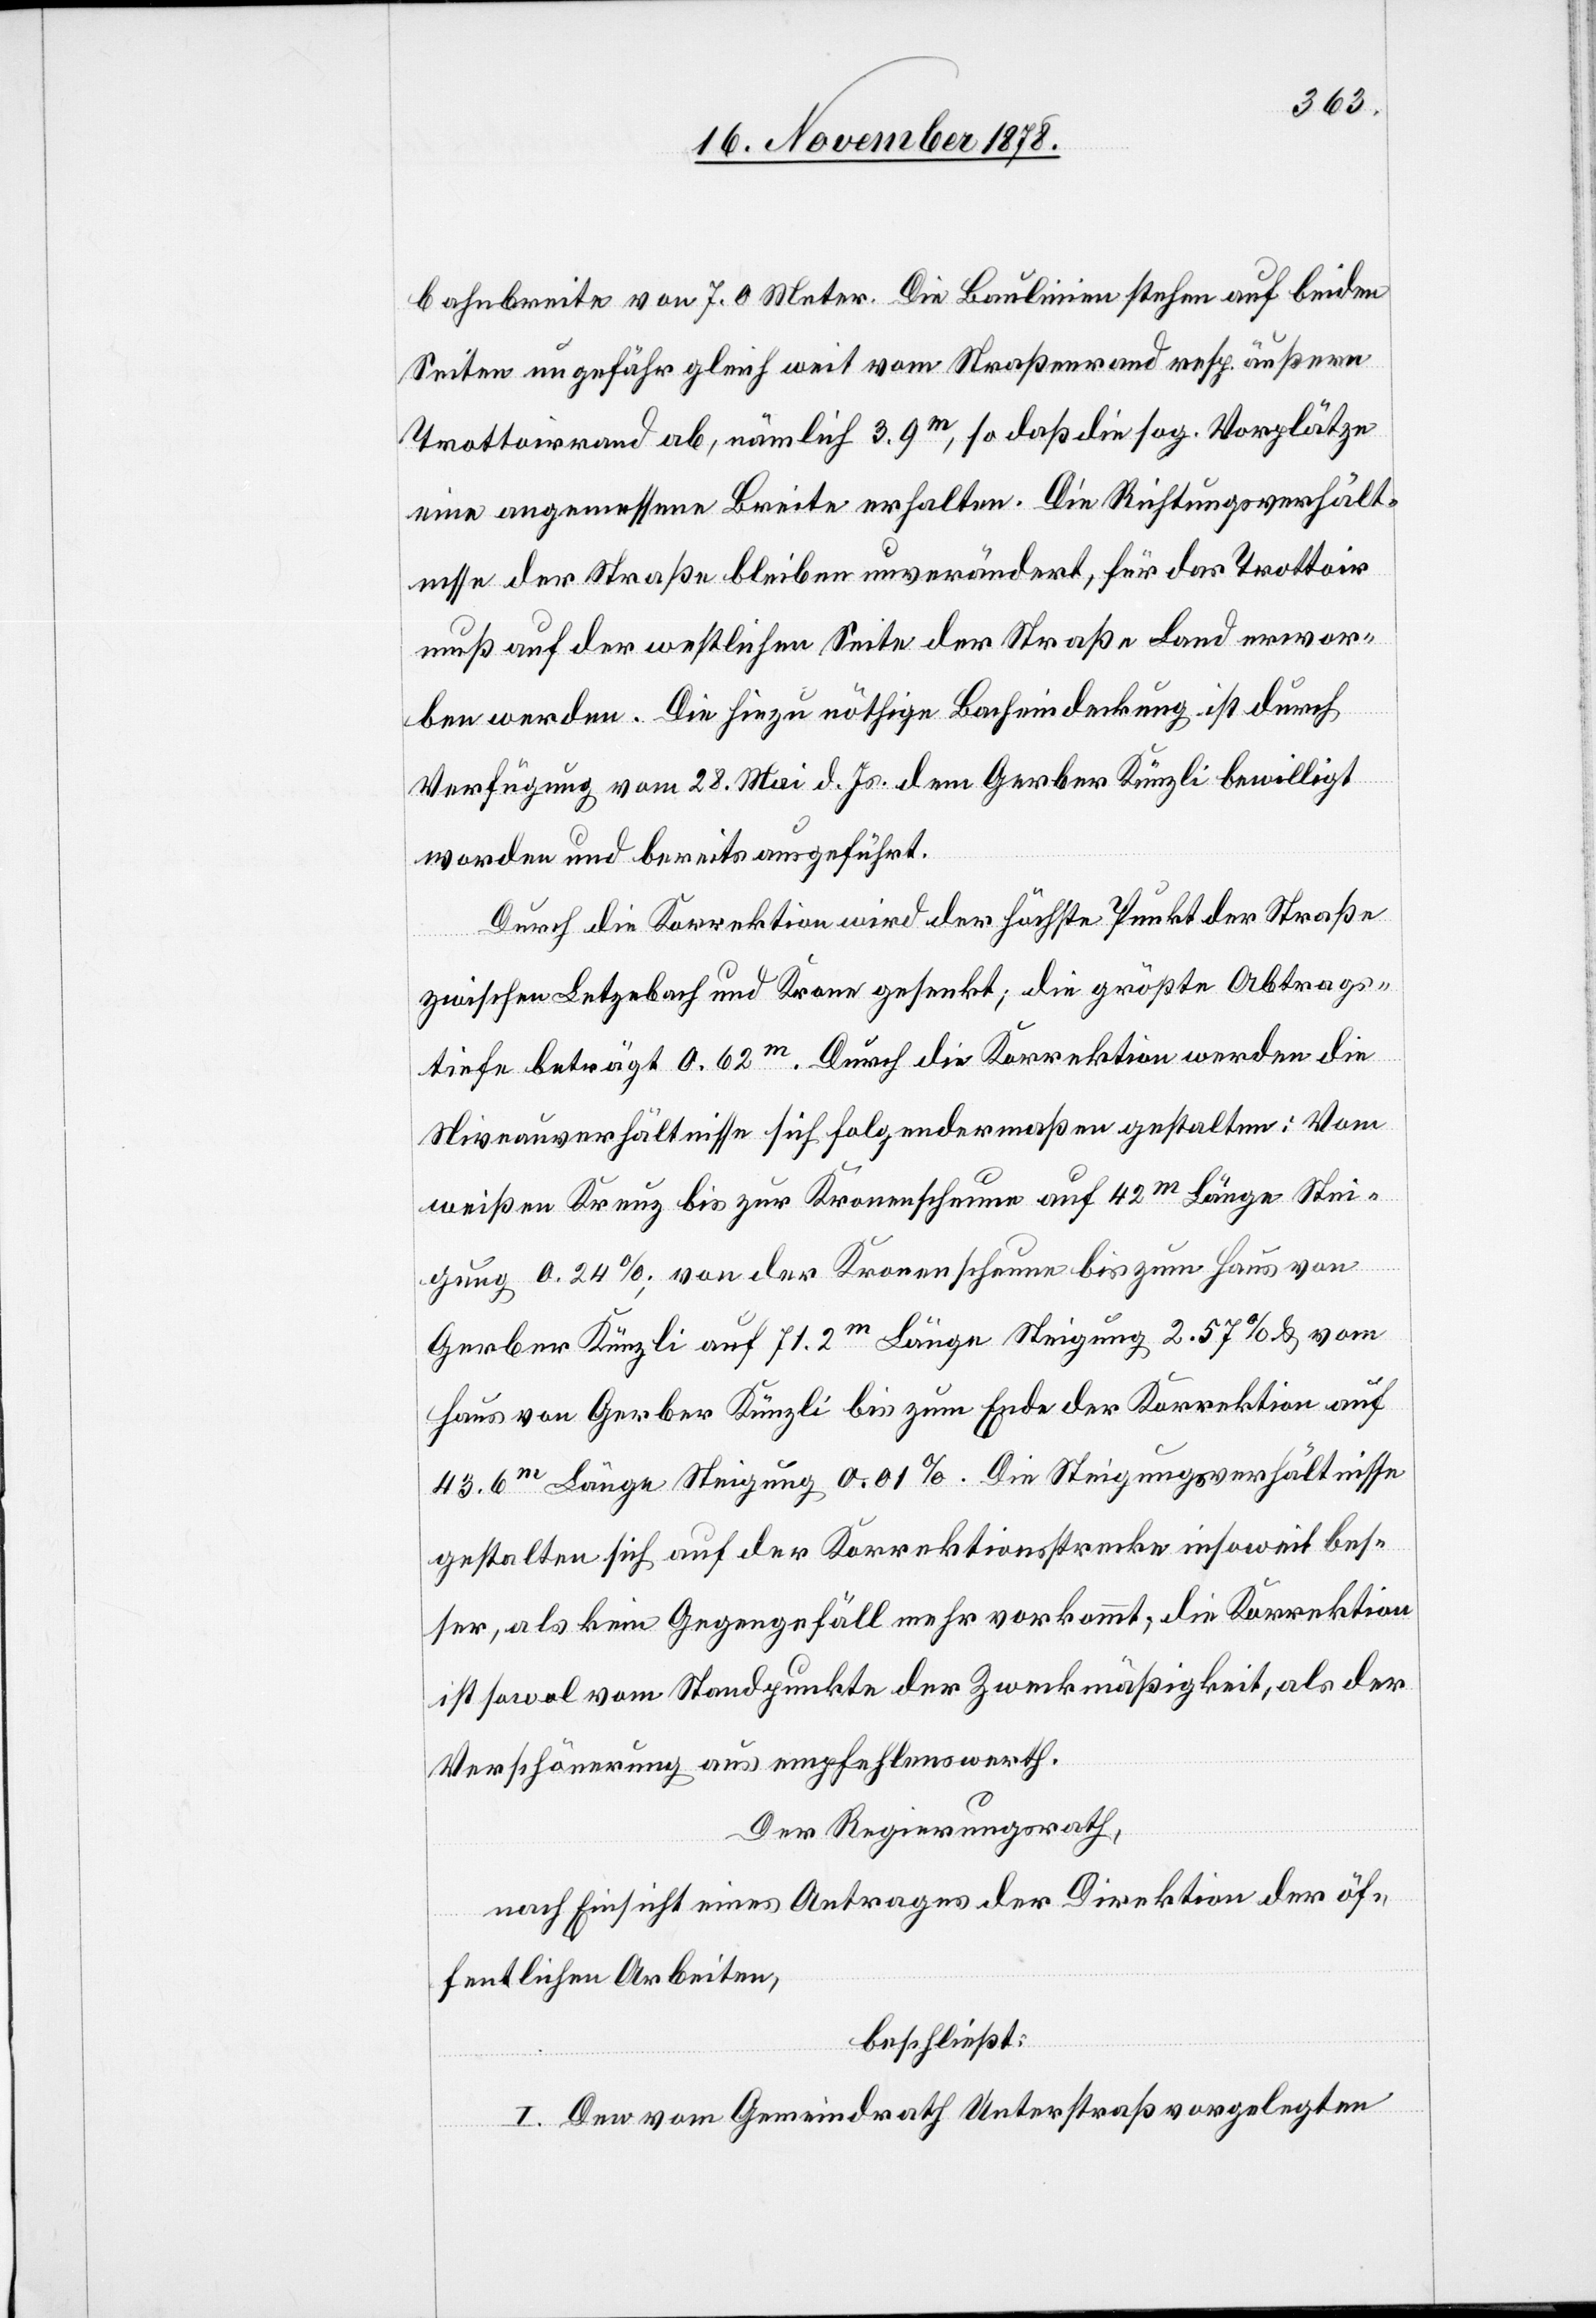
bahnbreite von 7.0 Meter. Die Baulinien stehen auf beiden
Seiten ungefähr gleich weit vom Straßenrand resp. äußern
Trottoirrand ab, nämlich 3.9m, so daß die sog. Vorplätze
eine angemessene Breite erhalten. Die Richtungsverhält¬
nisse der Straße bleiben unverändert, für das Trottoir
muß auf der westlichen Seite der Straße Land erwor¬
ben werden. Die hiezu nöthige Bacheindeckung ist durch
Verfügung vom 28. Mai d. Js. dem Gerber Künzli bewilligt
worden und bereits ausgeführt.
Durch die Korrektion wird der höchste Punkt der Straße
zwischen Letzebach und Krone gesenkt; die größte Abtrags¬
tiefe beträgt 0.62m. Durch die Korrektion werden die
Niveauverhältnisse sich folgendermaßen gestalten: Vom
weißen Kreuz bis zur Kronenscheune auf 42m Länge Stei¬
gung 0.24%; von der Kronenscheune bis zum Haus von
Gerber Künzli auf 71.2m Länge Steigung 2.57% & vom
Haus von Gerber Künzli bis zum Ende der Korrektion auf
43.6m Länge Steigung 0.01%. Die Steigungsverhältnisse
gestalten sich auf der Korrektionsstrecke insoweit bes¬
ser, als kein Gegengefäll mehr vorkommt, die Korrektion
ist sowol vom Standpunkte der Zweckmäßigkeit, als der
Verschönerung aus empfehlenswerth.
Der Regierungsrath,
nach Einsicht eines Antrages der Direktion der öf¬
fentlichen Arbeiten,
beschließt:
I. Den vom Gemeindrath Unterstraß vorgelegten